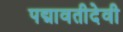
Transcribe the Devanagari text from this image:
पद्मावतीदेवी